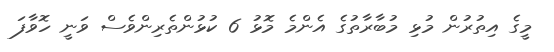
މީގެ އިތުރުން މުޅި މުބާރާތުގެ އެންމެ މޮޅު 6 ކުޅުންތެރިންވެސް ވަނީ ހޮވާފަ